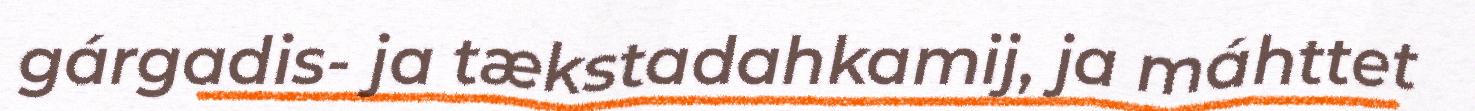
gárgadis- ja tækstadahkamij, ja máhttet